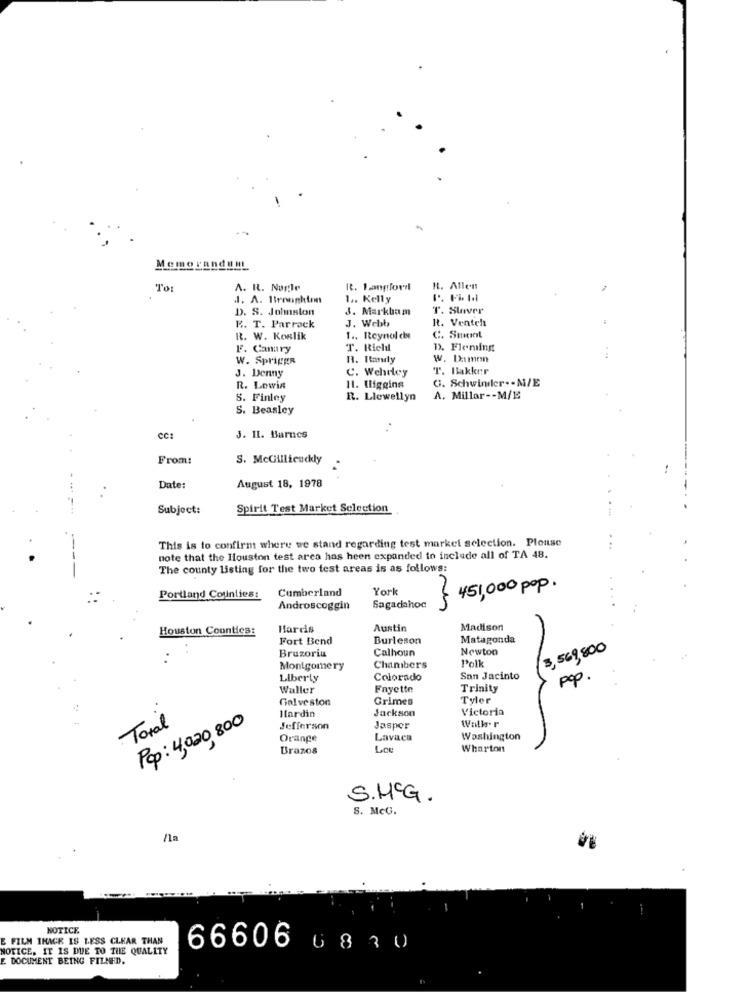
Memorandum
To
A. R. Nogle
Rt. Langford
R. Allen
J. A. Broughton
1 .. Kelly
D. S. Johnston
3. Markham
T. Shaver
Rt. Venteh
R. T. Parrack
J. Webb
R. W. Koslik
1 .. Reynolds
C. Smot
FF. Canary
T. Richl
D. Fleming
W. Spriggn
R. Rtanuly
w. Damon
J. Denny
C. Wehrey
T. Bakker
G. Schwinder .- M/E
R. Lowin
11. Iliggins
S. Finley
R. Llewellyn
A. Millar -- M/E
S. Beasley
CC:
J. 11. Barnes
From:
S. McGillicuddy
-
Date:
August 18, 1978
Subject:
Spirit Test Market Selection
This is to confirm where we stand regarding test market selection. Plonse
note that the Houston test arca has heen expanded to include all of TA 48.
The county listing for the two test areas is as follows:
Cumberland
Yorl
451,000 pop.
Portland Counties:
Androscoggin
Sagadahoc
Houston Counties:
Hardis
Austin
Madison
Fort Bend
Burleson
Matagonda
Calhoun
Newton
3,569,800
Brazoria
Polk
Montgomery
Chambers
Liberty
Colorado
San Jacinto
pop.
Waller
Fayette
Trinity
Galveston
Grimes
Tyler
Jackson
Victoria
Total
Pop: 4,020 800
Ilardin
Jefferson
Jasper
Walls. r
Orange
Lavaca
Washington
Brazos
Loe
Wharton
S.M.G.
S. McG.
/1a
NOTICE
E FILM IHACE IS LESS CLEAR THAN
NOTICE, IT IS DUE TO THE QUALITY
66606 6 8 30
E DOCUMENT BEING FILMED.